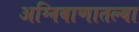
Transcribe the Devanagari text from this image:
अग्निबाणातल्या